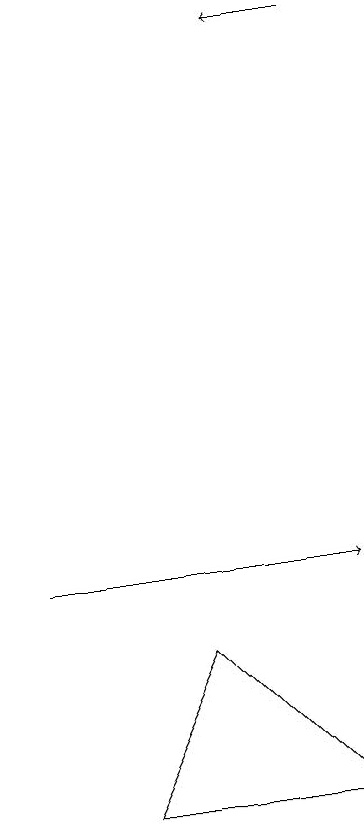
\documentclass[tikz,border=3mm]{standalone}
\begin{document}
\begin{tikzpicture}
\draw[->] (0,10) -- (4,10);
\draw[->] (4,17) -- (3,17);
\draw (1,7) -- (4,7) -- (2,9) -- cycle;
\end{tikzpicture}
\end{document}